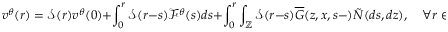
\displaystyle v ^ { \theta } ( r ) = \mathcal { S } ( r ) v ^ { \theta } ( 0 ) + \int _ { 0 } ^ { r } \mathcal { S } ( r - s ) \mathcal { F } ^ { \theta } ( s ) d s + \int _ { 0 } ^ { r } \int _ { \mathbb { Z } } \mathcal { S } ( r - s ) \overline { { G } } ( z , x , s - ) \tilde { N } ( d s , d z ) , \quad \forall r \in ( 0 , T ) ,